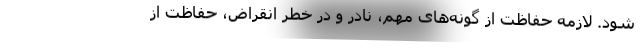
شود. لازمه حفاظت از گونه‌های مهم، نادر و در خطر انقراض، حفاظت از